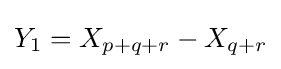
Y_{1}=X_{p+q+r}-X_{q+r}